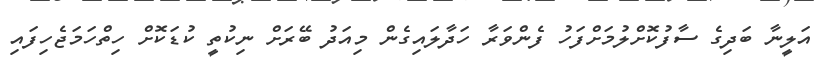
އަލީނާ ބަދިގެ ސާފުކޮށްލުމަށްފަހު ފެންވަރާ ހަދާލައިގެން މިއަދު ބޭރަށް ނިކުތީ ކުޑަކޮށް ހިތްހަމަޖެހިފައި